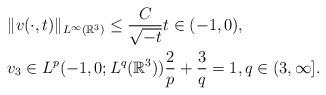
LaTeX: \begin{align*}&\|v(\cdot,t)\|_{L^\infty(\mathbb{R}^3)} \leq \frac{C}{\sqrt{-t}} t \in (-1,0),\\&v_3 \in L^p(-1,0;L^q(\mathbb{R}^3)) \frac{2}{p} + \frac{3}{q} = 1, q \in (3,\infty].\end{align*}